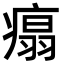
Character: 𤹀